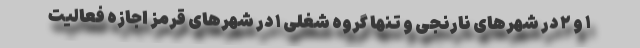
١ و ۲ در شهرهای نارنجی و تنها گروه شغلی ١ در شهرهای قرمز اجازه فعالیت